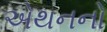
એથનનો